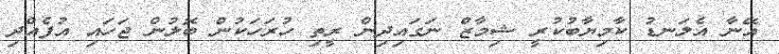
އޭނާ އެލަނޑު ކާމިޔާބުކުރީ ޝިމާޒް ނަގައިދިން ރީތި ހުރަހަކުން ބޮލުން ޖަހައި އުފެއްދި